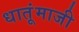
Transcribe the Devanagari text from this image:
धातूंमाजी